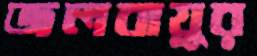
জলবায়ুর